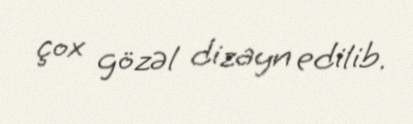
çox gözəl dizayn edilib.